Some observations on the morphology and mechanism of the parts in the orthorrapha - Number 58
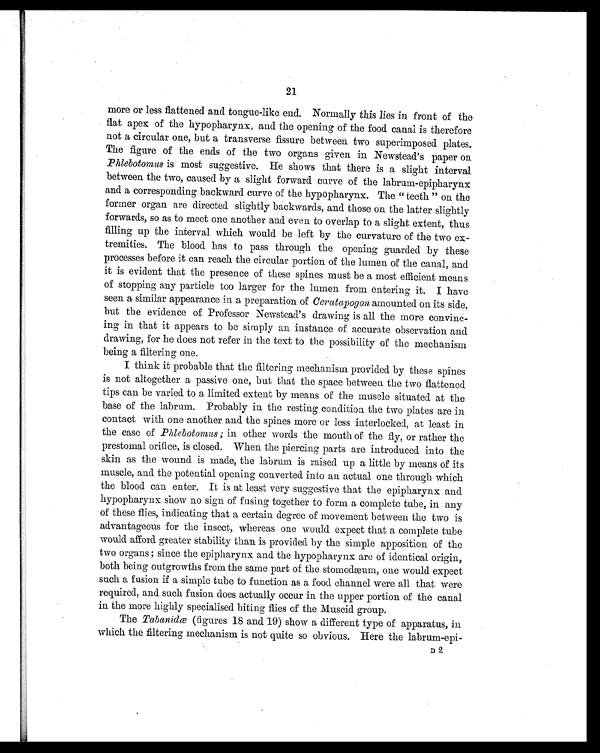
21
more or less flattened and tongue-like end. Normally this lies in front of the
flat apex of the hypopharynx, and the opening of the food canal is therefore
not a circular one, but a transverse fissure between two superimposed plates.
The figure of the ends of the two organs given in Newstead's paper on
phlebotomus is most suggestive. He shows that there is a slight interval
between the two, caused by a slight forward curve of the labrum-epipharynx
and a corresponding backward curve of the hypopharynx. The " teeth " on the
former organ are directed slightly backwards, and those on the latter slightly
forwards, so as to meet one another and even to overlap to a slight extent, thus,
filling up the interval which would be left by the curvature of the two ex-
tremities. The blood has to pass through the opening guarded by these
processes before it can reach the circular portion of the lumen of the canal, and
it is evident that the presence of these spines must be a most efficient means
of stopping any particle too larger for the lumen from entering it. I have
seen a similar appearance in a preparation of Ceratapogon amounted on its side,
but the evidence of Professor Newstead's drawing is all the more convinc-
ing in that it appears to be simply an instance of accurate observation and
drawing, for he does not refer in the text to the possibility of the mechanism
being a filtering one.
I think it probable that the filtering mechanism provided by these spines
is not altogether a passive one, but that the space between the two flattened
tips can be varied to a limited extent by means of the muscle situated at the
base of the labrum. Probably in the resting condition the two plates are in
contact with one another and the spines more or less interlocked, at least in
the case of Phlebotomus ; in other words the mouth of the fly, or rather the
prestomal orifice, is closed. When the piercing parts are introduced into the
skin as the wound is made, the labrum is raised up a little by means of its
muscle, and the potential opening converted into an actual one through which
the blood can enter. It is at least very suggestive that the epipharynx and
hypopharynx show no sign of fusing together to form a complete tube, in any
of these flies, indicating that a certain degree of movement between the two is
advantageous for the insect, whereas one would expect that a complete tube
would afford greater stability than is provided by the simple apposition of the
two organs; since the epipharynx and the hypopharynx are of identical origin,
both being outgrowths from the same part of the stomodæum, one would expect
such a fusion if a simple tube to function as a food channel were all that were
required, and such fusion does actually occur in the upper portion of the canal
in the more highly specialised biting flies of the Muscid group.
The Tabanidœ (figures 18 and 19) show a different type of apparatus, in
which the filtering mechanism is not quite so obvious. Here the labrum-epi-
D 2